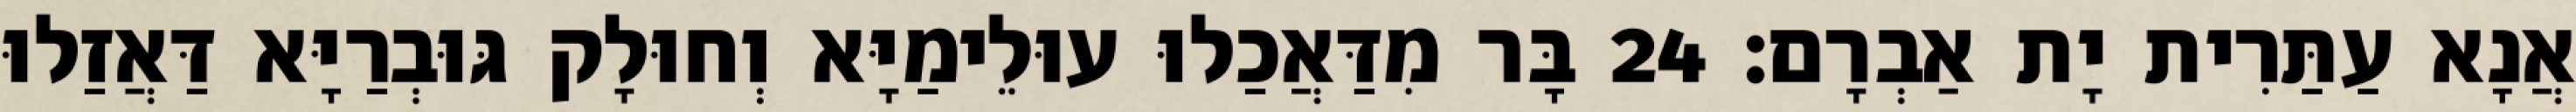
אֲנָא עַתַּרִית יָת אַבְרָם׃ 24 בָּר מִדַּאֲכַלוּ עוּלֵימַיָּא וְחוּלָק גּוּבְרַיָּא דַּאֲזַלוּ